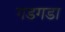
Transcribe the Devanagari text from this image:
गडगडा